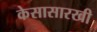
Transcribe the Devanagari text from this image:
केसासारखी